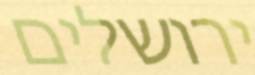
ירושלים